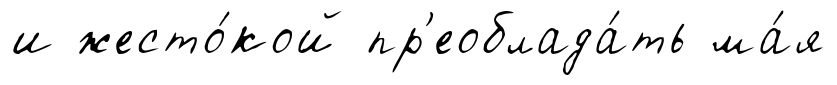
и жесто́кой пр'еоблада́ть ма́я